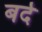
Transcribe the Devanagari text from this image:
बर्द